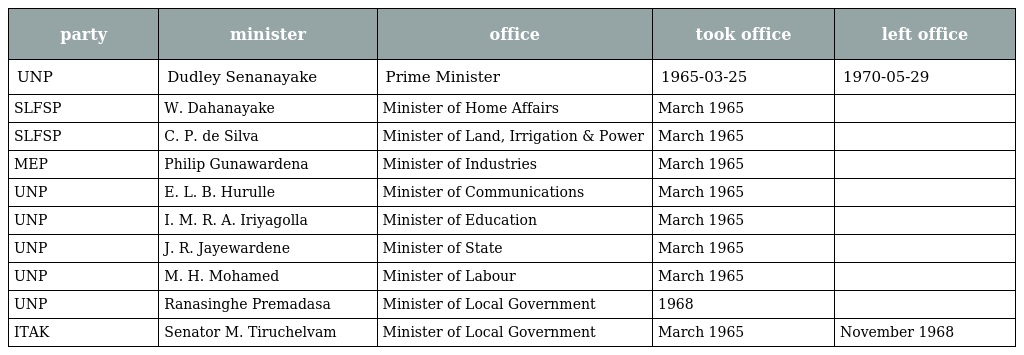
| party | minister | office | took office | left office |
 | --- | --- | --- | --- | --- |
 | UNP | Dudley Senanayake | Prime Minister | 1965-03-25 | 1970-05-29 |
 | SLFSP | W. Dahanayake | Minister of Home Affairs | March 1965 |  |
 | SLFSP | C. P. de Silva | Minister of Land, Irrigation & Power | March 1965 |  |
 | MEP | Philip Gunawardena | Minister of Industries | March 1965 |  |
 | UNP | E. L. B. Hurulle | Minister of Communications | March 1965 |  |
 | UNP | I. M. R. A. Iriyagolla | Minister of Education | March 1965 |  |
 | UNP | J. R. Jayewardene | Minister of State | March 1965 |  |
 | UNP | M. H. Mohamed | Minister of Labour | March 1965 |  |
 | UNP | Ranasinghe Premadasa | Minister of Local Government | 1968 |  |
 | ITAK | Senator M. Tiruchelvam | Minister of Local Government | March 1965 | November 1968 |